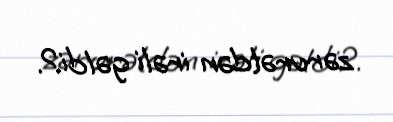
zərurətdən irəli gəldi?.